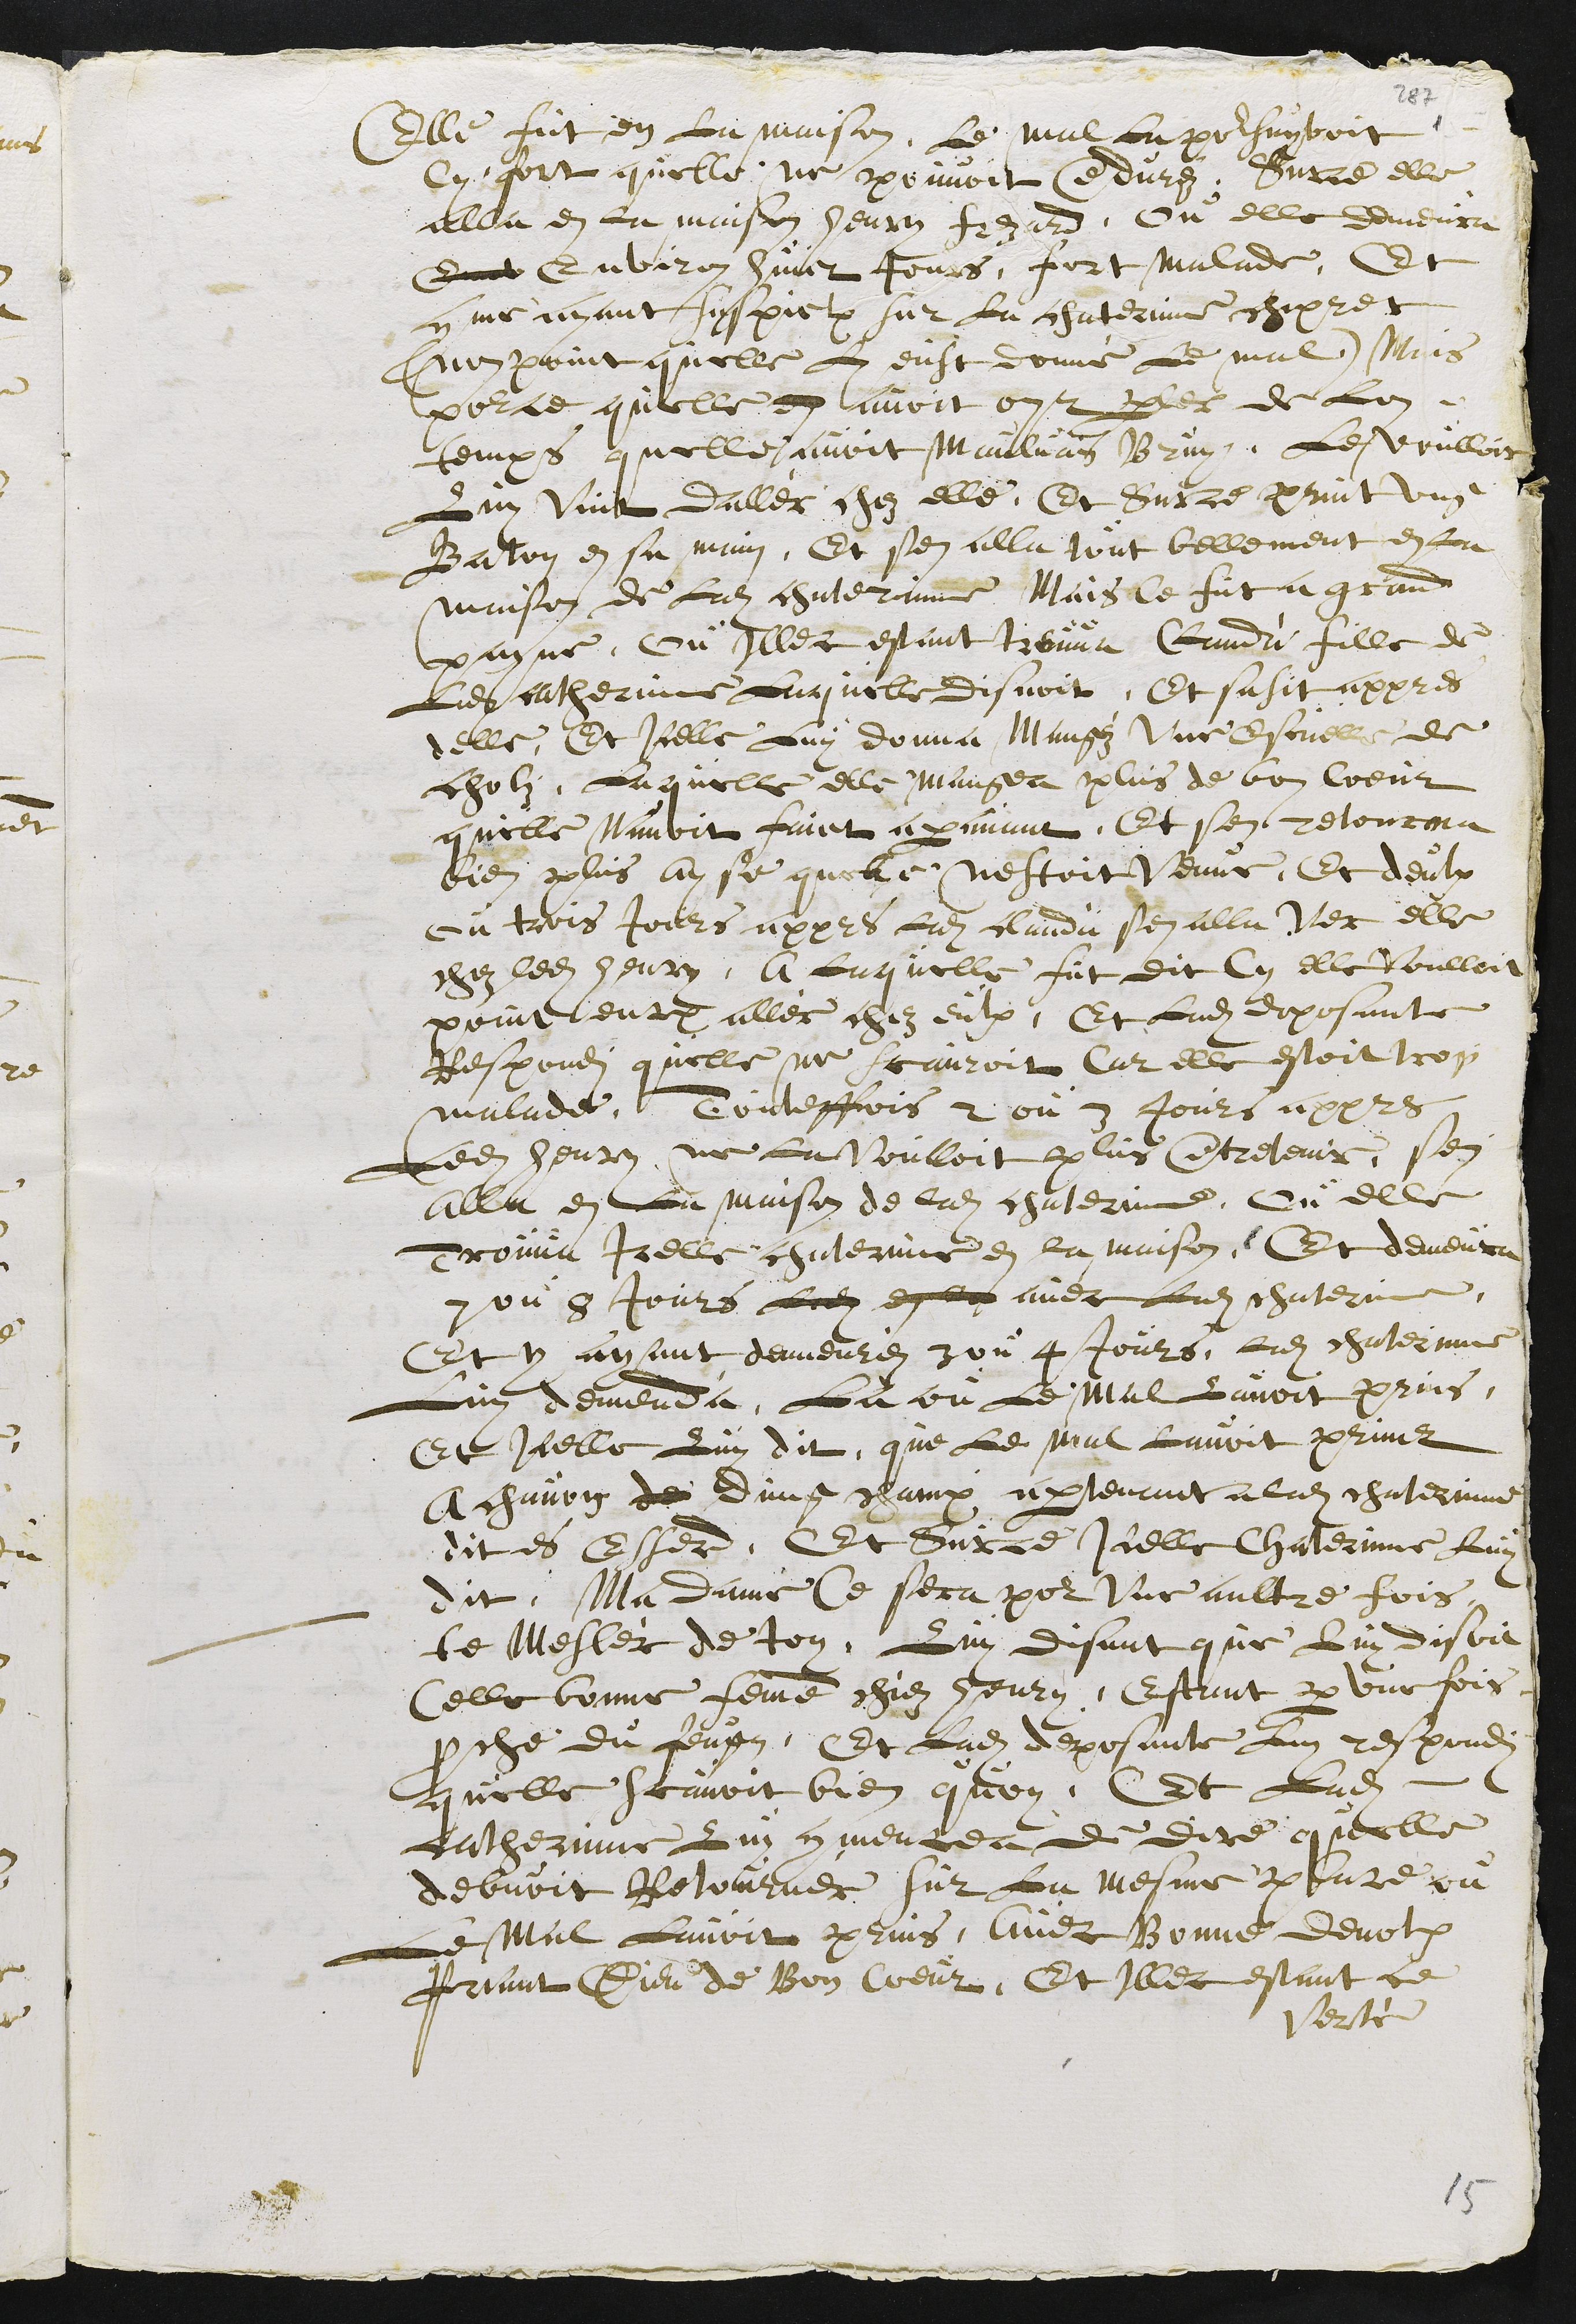
Elle fut en La maison, Le mal La poursuyvoit
Cy fort quelle ne pouvoit enduréz. Sur ce elle
alla en la maison henry frezard, ou elle demeura
Env Environ huict Jours, fort malade, Et
comme ayant suspiction sur La chaterinne chipret
(non point quelle Luy eust donné Le mal.) Mais
pource quelle en avoit oyt parler de Lon
temps quelle avoit Maulvais Bruy, Le voulloir
Luy Vint daller chez elle. Et Sur ce print ung
Baton en sa main, Et sen alla tout bellement en la
maison de Ladite chaterinne Mais Ce fut a grand
payne, ou Illec estant treuva Clauda fille de
Ladite catherinne Laquelle disnoit, Et sasit appres
delle, Et Icelle Luy donna Mangéz Une escuelle de
cholz, Laquelle elle mangea plus de bon Coeur
quelle Navoit faict aparavant. Et sen retourna
bien plus ayse quelle nestoit Venue. Et deulx
ou trois Jours appres Ladite Clauda sen alla Ver elle
chez ledit henry, A laquelle fut dit Cy elle voulloit
point encore aller chez eulx, Et Ladite deposante
Respondi quelle ne scauroit Car elle estoit trop
malade. Touteffois 2 ou 3 Jours appres
Ledit henry ne la voulloit plus entretenir, sen
alla en la maison de ladite chaterinne, ou elle
Trouva Icelle chaterinne en la maison. Et demeura
7 ou 8 Jours Ledit e?? avec ladite chaterinne.
Et y ayant demeuréz 3 ou 4 Jours, ladite chaterinne
Luy demenda La ou Le Mal lavoit prins,
Et Icelle Luy dit que Le mal lavoit prinse
A chavon de dung champ apartenant a ladite chaterinne
dit es Esserd. Et Sur ce Icelle Chaterinne Luy
dit: Ma dame Ce sera pour Une aultre fois,
te Meslér de toy. Luy disant que Luy disoit
Celle bonne femme chéz henry, Estant par une fois
proche du feugz. Et Ladite deposante Luy respondi
quelle scavoit bien q'uoy. Et Ladite
catherinne Luy commencea de dire quelle
debvoit Retourner sur la mesme place ou
Le Mal Lavoit prins, Avec Bonne devotion
Priant Dieu de Bon Cœur, Et Illec estant ce
Verté